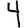
Digit: 4